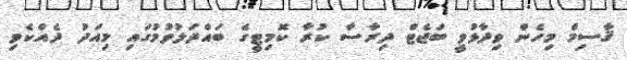
ޤާސިމް މިހެން ވިދާޅުވީ ބަޖެޓް ދިރާސާ ކުރާ ކޮމިޓީގެ ބައްދަލުވުމުގައި މިއަދު ދެއްކެވި